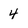
Character: 4